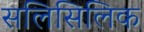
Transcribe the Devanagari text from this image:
सलिसिलिक